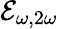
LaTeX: \mathcal{E}_{\omega,2\omega}